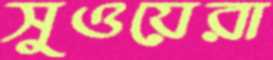
সুওয়েরা